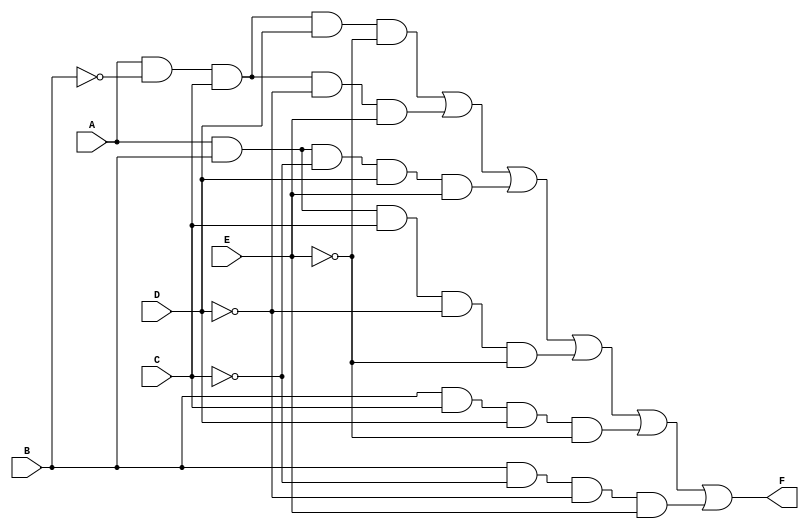
module five_variable_kmap (
    input wire A,  // Input variable A
    input wire B,  // Input variable B
    input wire C,  // Input variable C
    input wire D,  // Input variable D
    input wire E,  // Input variable E
    output wire F  // Output function F
);

    // K-map simplification logic
    // This example assumes a specific K-map simplification.
    // You should replace the logic below with the actual simplified expression derived from your K-map.
    
    assign F = (A & ~B & C & D & ~E) |  // minterm 8
               (A & ~B & C & ~D & E) |  // minterm 10
               (A & B & ~C & D & E) |   // minterm 30
               (A & B & C & ~D & ~E) |  // minterm 28
               (B & C & D & ~E) |       // minterm 22
               (B & ~C & ~D & E);       // minterm 18

endmodule